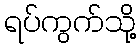
ရပ်ကွက်သို့